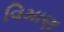
વિમાણ